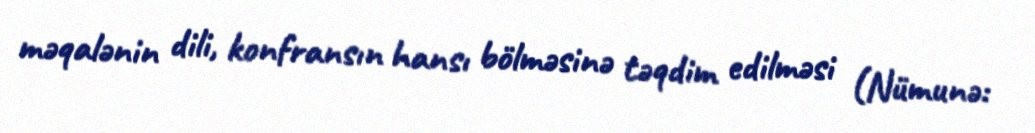
məqalənin dili, konfransın hansı bölməsinə təqdim edilməsi (Nümunə: